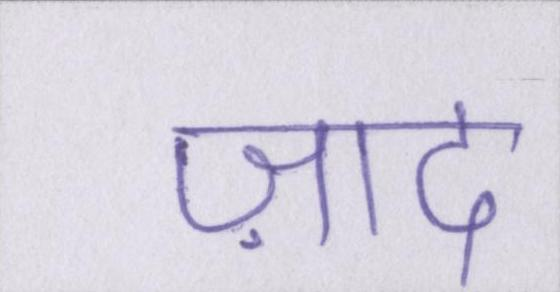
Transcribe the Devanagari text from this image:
ज़ाद